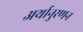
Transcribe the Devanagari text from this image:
अर्थानुरणन